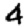
Digit: 4